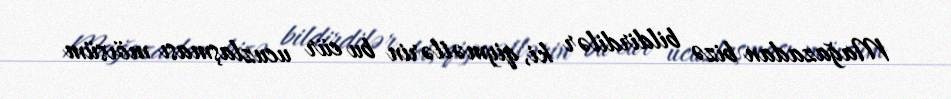
Mağazadan bizə bildirdilər ki, qiymətlərin bu cür ucuzlaşması mövsüm